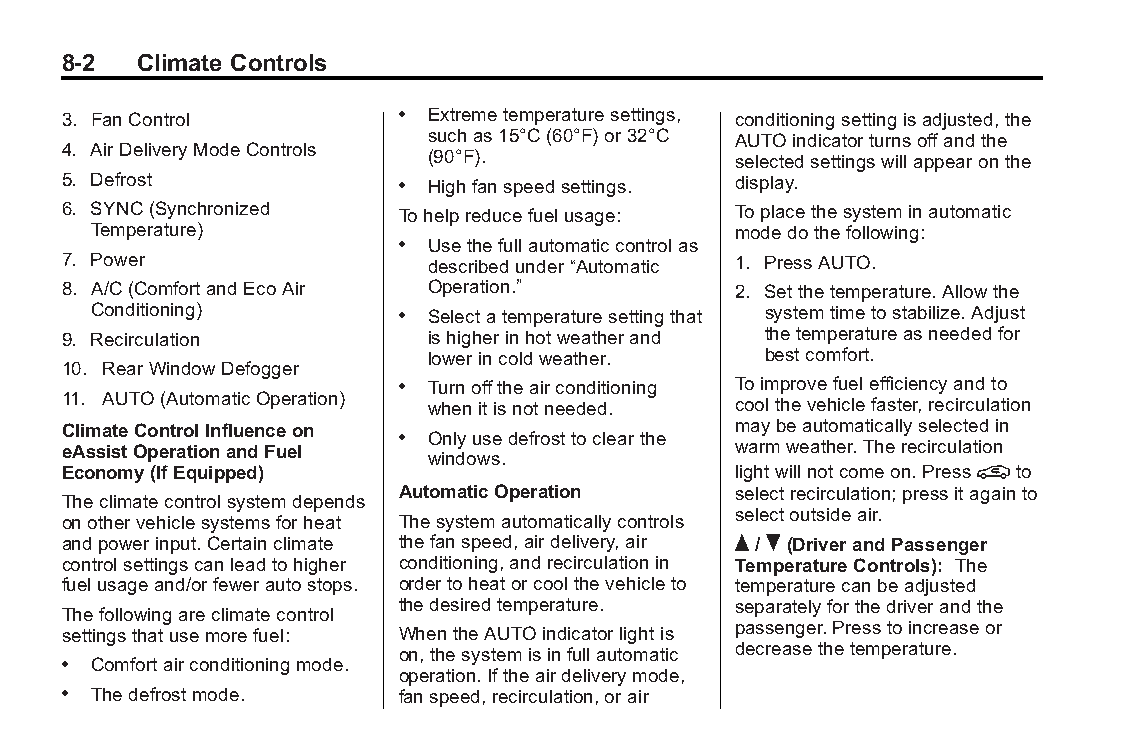
Buick LaCrosse Owner Manual (GMNA-Localizing-U.S./Canada/Mexico- Blackplate(2,1)
 6043609)-2014-2ndEdition-10/17/13
 8-2  Climate Controls
 3. FanControl         . Extremetemperaturesettings, conditioningsettingisadjusted,the
 suchas15°C(60°F)or32°C AUTOindicatorturnsoffandthe
 4. AirDeliveryModeControls
 (90°F).             selectedsettingswillappearonthe
 5. Defrost            . Highfanspeedsettings. display.
 6. SYNC(Synchronized  Tohelpreducefuelusage: Toplacethesysteminautomatic
 Temperature)                              modedothefollowing:
 . Usethefullautomaticcontrolas
 7. Power                describedunder“Automatic 1. PressAUTO.
 8. A/C(ComfortandEcoAir Operation.”         2. Setthetemperature.Allowthe
 Conditioning)       . Selectatemperaturesettingthat systemtimetostabilize.Adjust
 9. Recirculation        ishigherinhotweatherand thetemperatureasneededfor
 lowerincoldweather.   bestcomfort.
 10. RearWindowDefogger
 . Turnofftheairconditioning Toimprovefuelefficiencyandto
 11. AUTO(AutomaticOperation) whenitisnotneeded. coolthevehiclefaster,recirculation
 ClimateControlInfluenceon                   maybeautomaticallyselectedin
 . Onlyusedefrosttoclearthe
 eAssistOperationandFuel                     warmweather.Therecirculation
 windows.
 Economy(IfEquipped)                         lightwillnotcomeon.Press@to
 AutomaticOperation    selectrecirculation;pressitagainto
 Theclimatecontrolsystemdepends
 selectoutsideair.
 onothervehiclesystemsforheat Thesystemautomaticallycontrols
 andpowerinput.Certainclimate thefanspeed,airdelivery,air Q/R(DriverandPassenger
 controlsettingscanleadtohigher conditioning,andrecirculationin TemperatureControls): The
 fuelusageand/orfewerautostops. ordertoheatorcoolthevehicleto temperaturecanbeadjusted
 thedesiredtemperature. separatelyforthedriverandthe
 Thefollowingareclimatecontrol
 passenger.Presstoincreaseor
 settingsthatusemorefuel: WhentheAUTOindicatorlightis
 on,thesystemisinfullautomatic decreasethetemperature.
 . Comfortairconditioningmode.
 operation.Iftheairdeliverymode,
 . Thedefrostmode.     fanspeed,recirculation,orair